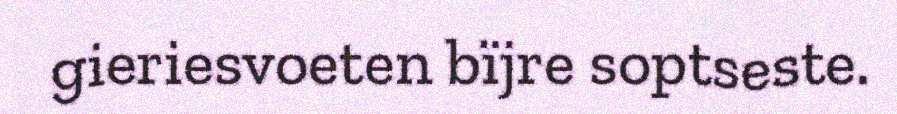
gieriesvoeten bïjre soptseste.